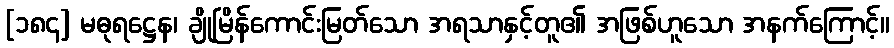
[၁၈၄] မဓုရဋ္ဌေန၊ ချိုမြိန်ကောင်းမြတ်သော အရသာနှင့်တူ၏ အဖြစ်ဟူသော အနက်ကြောင့်။